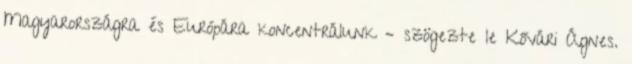
Magyarországra és Európára koncentrálunk – szögezte le Kővári Ágnes.